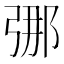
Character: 𫸶